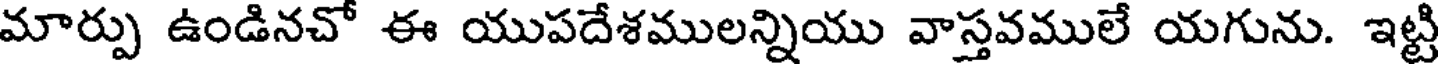
మార్పు ఉండినచో ఈ యుపదేశములన్నియు వాస్తవములే యగును. ఇట్టి